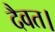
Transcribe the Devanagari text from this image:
दैवत।